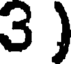
3 )